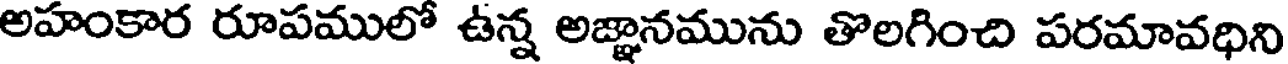
అహంకార రూపములో ఉన్న అజ్ఞానమును తొలగించి పరమావధిని